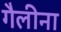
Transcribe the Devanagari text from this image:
गैलीना